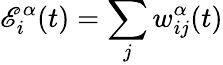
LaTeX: \mathscr{E}_{i}^{\alpha}(t)=\sum_{j}w_{ij}^{\alpha}(t)